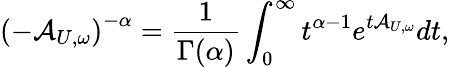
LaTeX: \left(-\mathcal{A}_{U,\omega}\right)^{-\alpha}=\frac{1}{\Gamma(\alpha)}\int_{0}^{\infty}t^{\alpha-1}e^{t\mathcal{A}_{U,\omega}}dt,